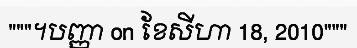
"""។បញ្ញា on ខែសីហា 18, 2010"""